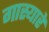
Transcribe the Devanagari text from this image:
गास्यारे